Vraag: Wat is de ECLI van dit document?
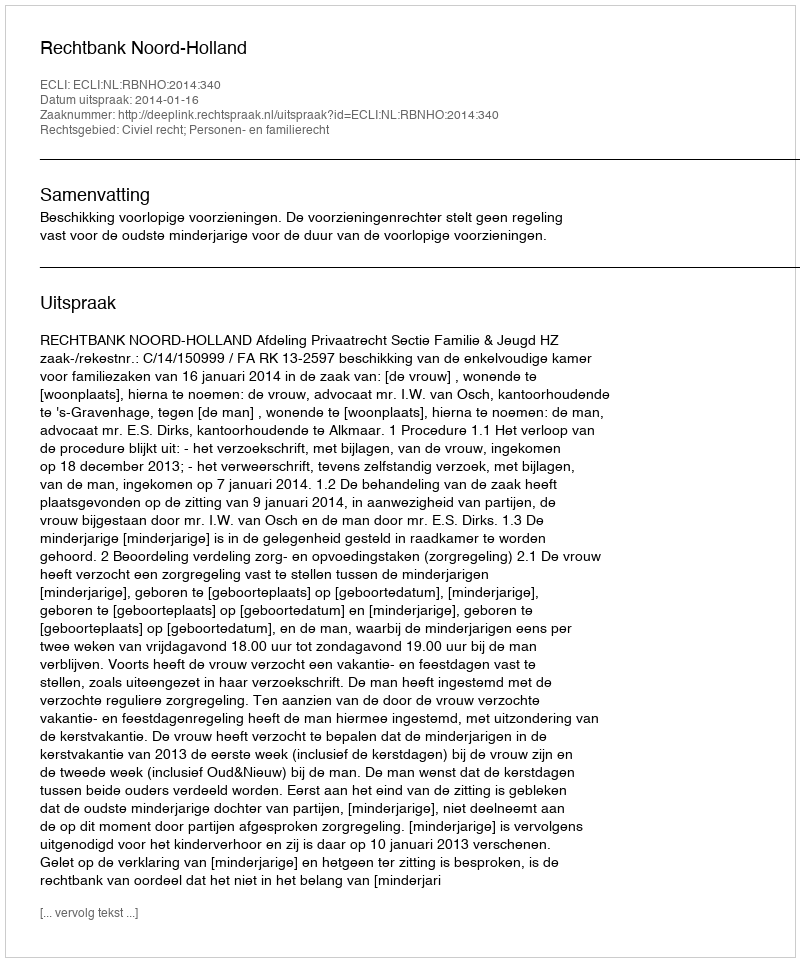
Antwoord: ECLI:NL:RBNHO:2014:340